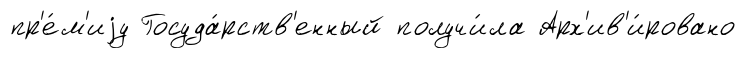
пр'е́м'иjу Госуда́рств'енный получи́ла Арх'ив'и́ровано